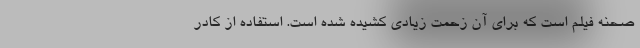
صحنه فیلم است که برای آن زحمت زیادی کشیده شده است. استفاده از کادر